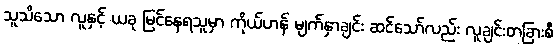
သူသိသော လူနှင့် ယခု မြင်နေရသူမှာ ကိုယ်ဟန် မျက်နှာချင်း ဆင်သော်လည်း လူချင်းတခြားစီ